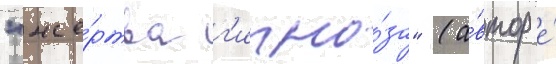
"же́ртва г'ипно́за" (а́втор е́